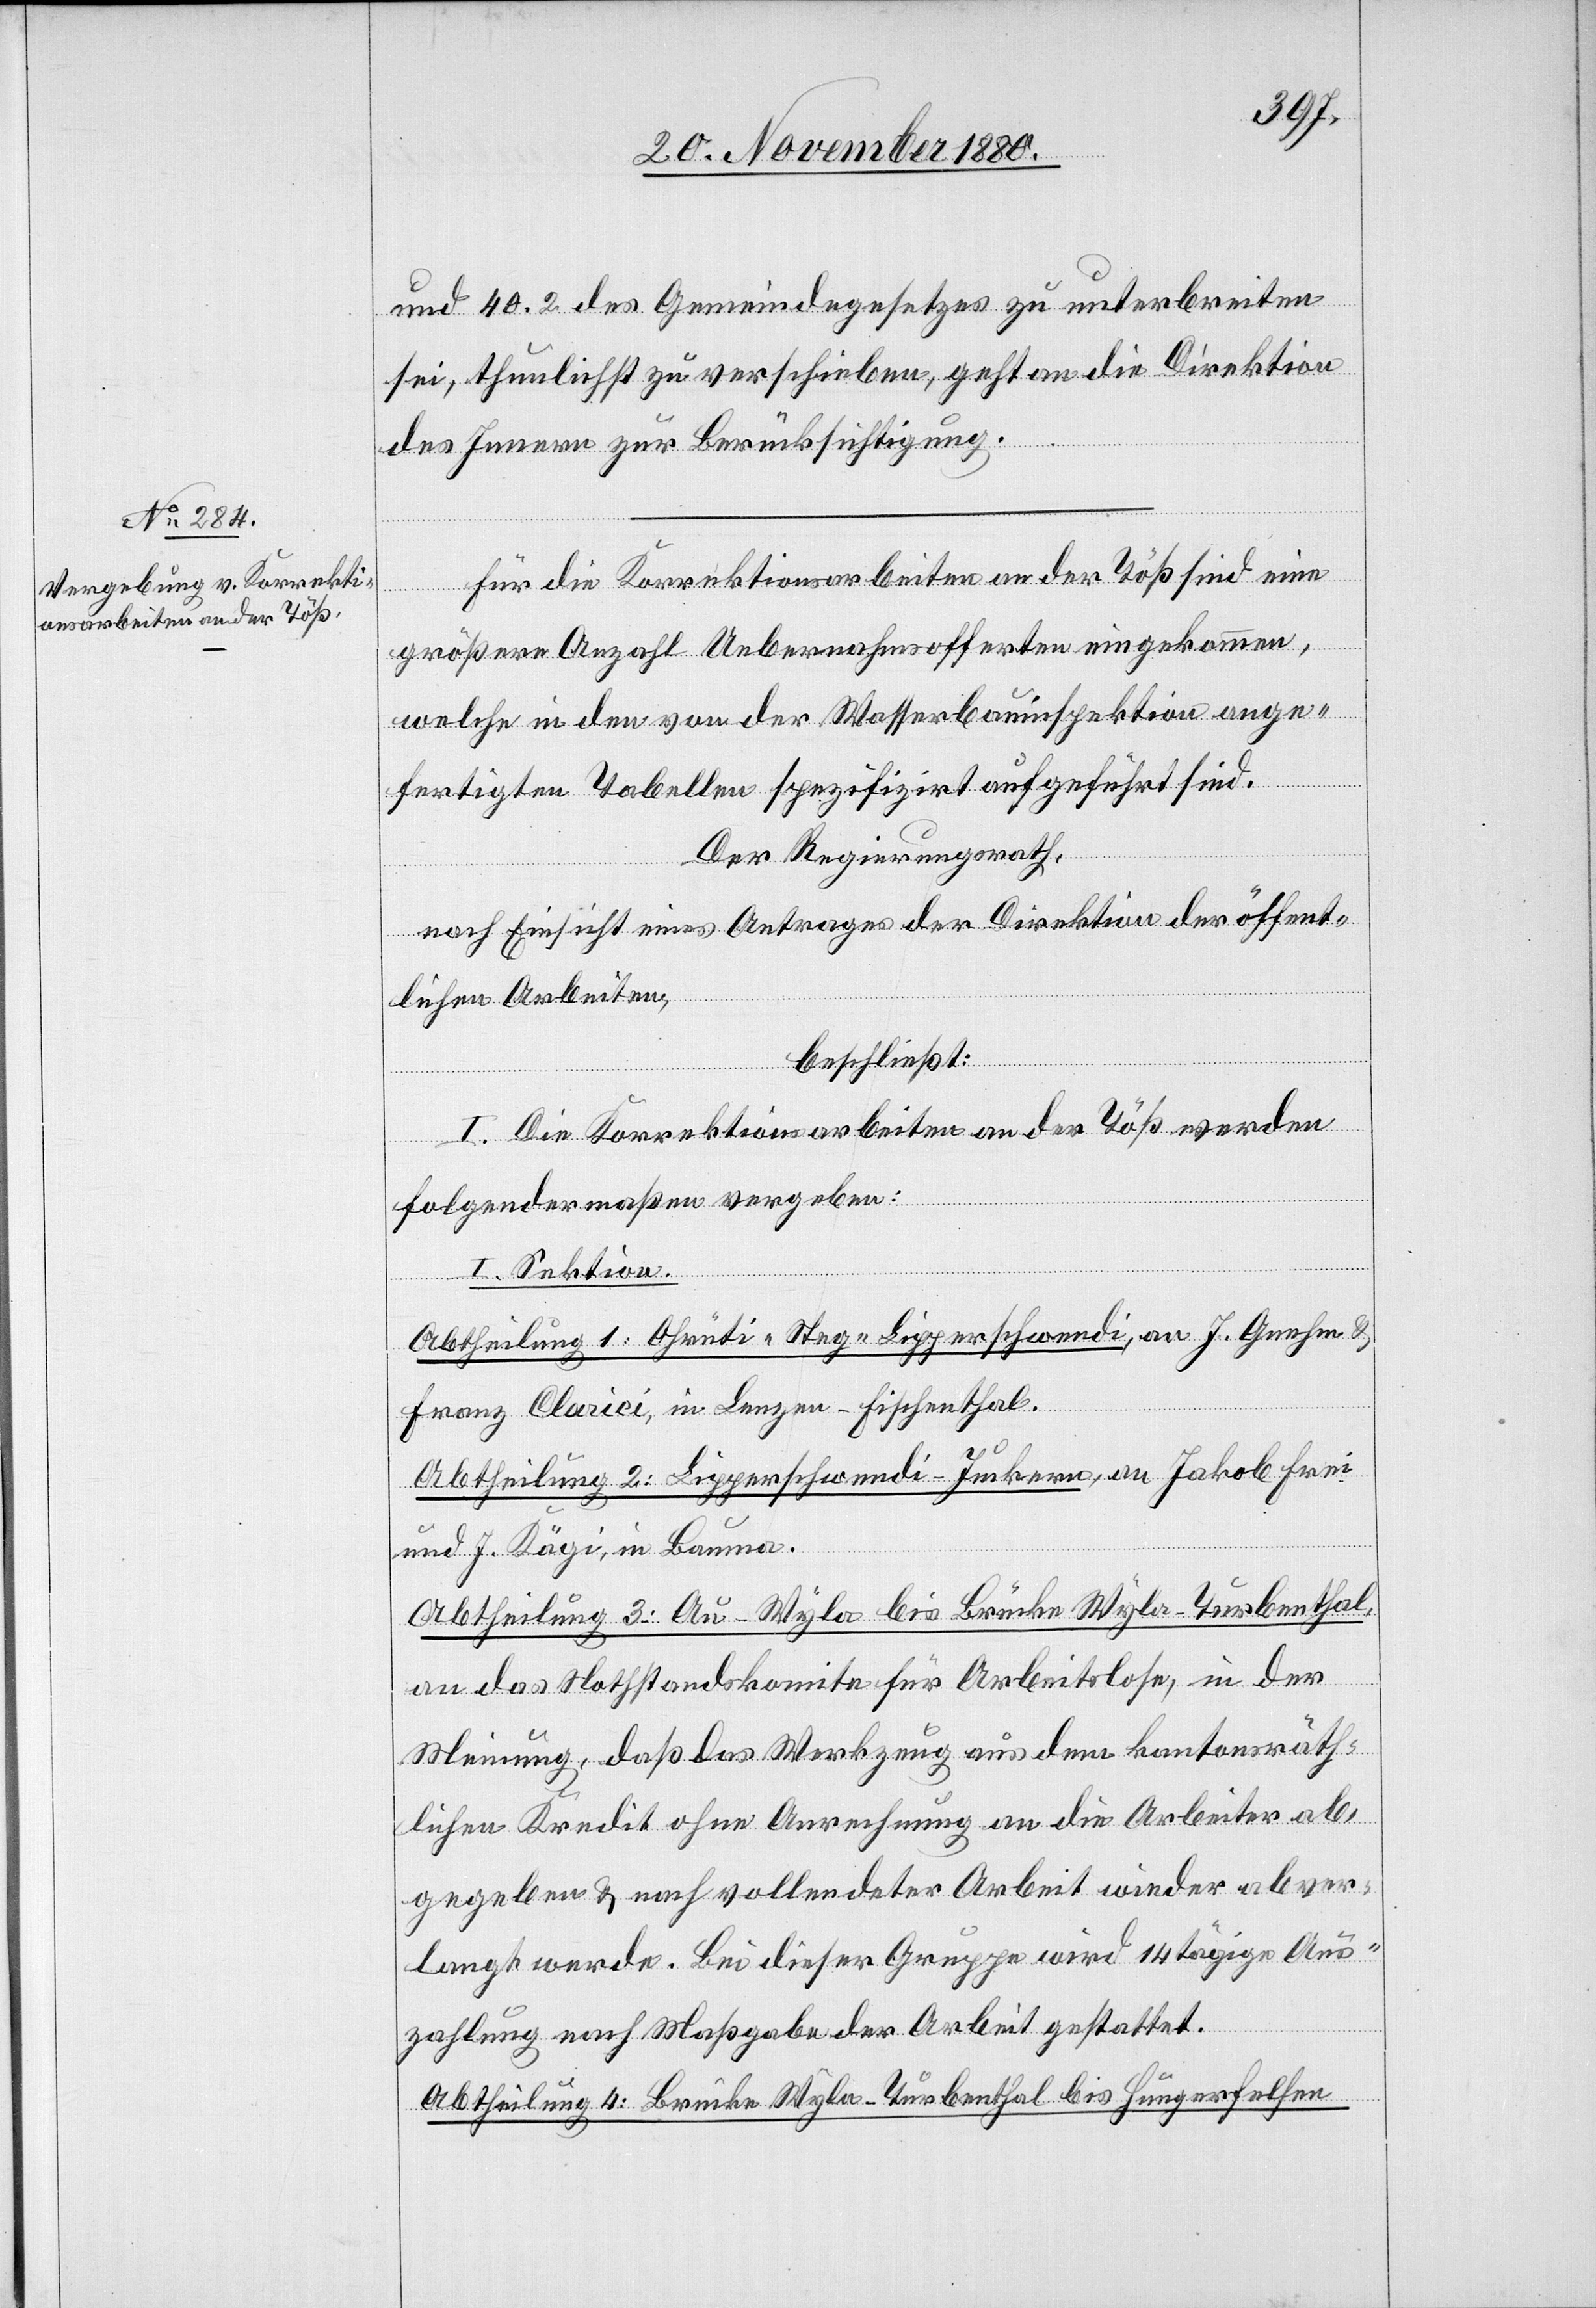
und 40.2 des Gemeindegesetzes zu unterbreiten
sei, thunlichst zu verschieben, geht an die Direktion
des Innern zu Berücksichtigung.
Für die Korrektionsarbeiten an der Töß sind eine
größere Anzahl Uebernahmsofferten eingekommen,
welche in den von der Wasserbauinspektion ange¬
fertigten Tabellen spezifizirt aufgeführt sind.
Der Regierungsrath,
nach Einsicht eines Antrages der Direktion der öffent¬
lichen Arbeiten,
beschließt:
I. Die Korrektionsarbeiten an der Töß werden
folgendermaßen vergeben:
I. Sektion.
Abtheilung 1: Ohrüti–Steg–Lipperschwendi, an J. Gnehm
Franz Clarici, in Lenzen - Fischenthal.
Abtheilung 2: Lipperschwendi–Junkern, an Jakob Frei
und J. Kägi, in Bauma.
Abtheilung 3: Au–Wyla bis Brücke Wyla–Turbenthal,
an das Nothstandskomite für Arbeitslose, in der
Meinung, daß das Werkzeug aus dem kantonsräth¬
lichen Kredit ohne Anrechnung an die Arbeiter ab¬
gegeben & nach vollendeter Arbeit wieder abver¬
langt werde. Bei dieser Gruppe wird 14tägige Aus¬
zahlung nach Maßgabe der Arbeit gestattet.
Abtheilung 4: Brücke Wyla–Turbenthal bis Hungerfelsen